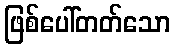
ဖြစ်ပေါ်တတ်သော